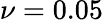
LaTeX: \nu=0.05